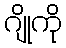
ဂျိုကို